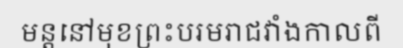
មន្តនៅមុខព្រះបរមរាជវាំងកាលពី